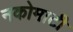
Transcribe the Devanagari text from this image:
नकोमाटी